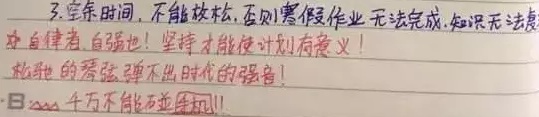
3. 宝贵时间，不能放松，否则寒假作业无法完成，知识无法复习。自律者，自强也！坚持才能使计划有意义！松弛的琴弦弹不出时代的强音！——日××× 千万不能光顾着玩！！